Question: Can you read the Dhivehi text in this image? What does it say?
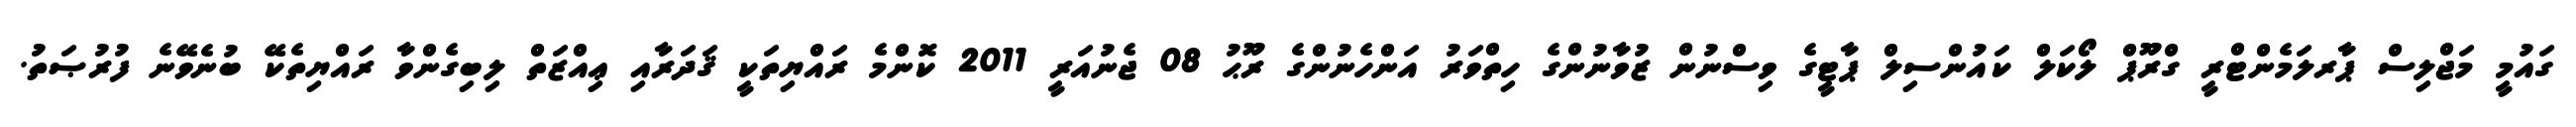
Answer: ގައުމީ މަޖްލިސް ޕާރލަމެންޓްރީ ގްރޫޕް ލޯކަލް ކައުންސިލް ޕާޓީގެ ވިސްނުން ޒުވާނުންގެ ހިތްވަރު އަންހެނުންގެ ރޫޙު 08 ޖެނުއަރީ 2011 ކޮންމެ ރައްޔިތަކީ ޤަދަރާއި ޢިއްޒަތް ލިބިގެންވާ ރައްޔިތެކޭ ބުނެވޭނެ ފުރުޞަތު.